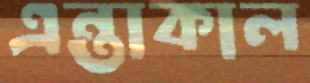
এন্তাকাল